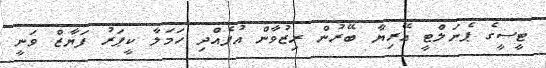
ޓީސީގެ ޕެނަލްޓީ އޭރިޔާ ބޭރުން ރިޒުވާން އުފެއްދި ހަމަލާ ކީޕަރު ފަޔާޒް ވަނީ